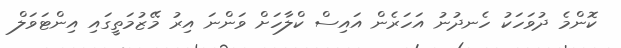
ކޮންމެ ދުވަހަކު ހެނދުނު އަހަރެން އައިސް ކްލާހަށް ވަންނަ އިރު މޭޒުމަތީގައި އިންޓަވަލް